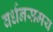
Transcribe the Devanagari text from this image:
वर्धनसमय